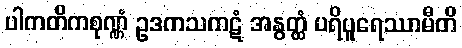
ပါကတိကစုဏ္ဏံ ဥဒကသကဋံ အနွတ္ထံ ပရိပူရေဿာမီတိ